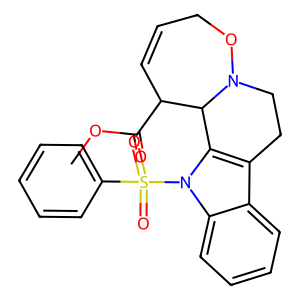
SMILES: COC(=O)C1C=CCON2CCc3c(n(S(=O)(=O)c4ccccc4)c4ccccc34)C12
Inhibits HIV replication: No